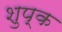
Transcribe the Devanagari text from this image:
शुप्क